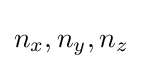
n_{x},n_{y},n_{z}